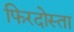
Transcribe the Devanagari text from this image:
फिरदोस्ता